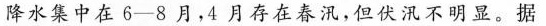
降水集中在6-8月，4月存在春汛，但伏汛不明显。据